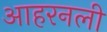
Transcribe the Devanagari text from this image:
आहरनली